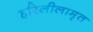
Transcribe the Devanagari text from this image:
हरिलीलामृत